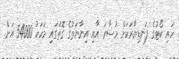
ހައި ކޯޓުގެ ފަނޑިޔާރަކަށް މުސާރަ އާއި އިނާޔަތުގެ ގޮތުގައި މަހަކު 54000 އަށް